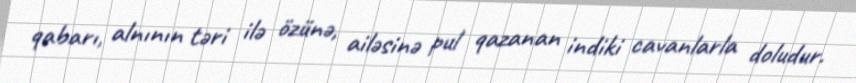
qabarı, alnının təri ilə özünə, ailəsinə pul qazanan indiki cavanlarla doludur.